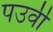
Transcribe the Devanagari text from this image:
पउर्वी